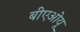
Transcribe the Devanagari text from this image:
बीएओयू